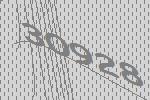
30928